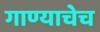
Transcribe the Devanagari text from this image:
गाण्याचेच